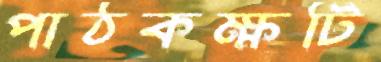
পাঠকক্ষটি